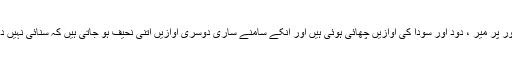
اس دور پر میرؔ ، دودؔ اور سوداؔ کی آوازیں چھائی ہوئی ہیں اور انکے سامنے ساری دوسری آوازیں اتنی نحیف ہو جاتی ہیں کہ سنائی نہیں دیتیں ۔